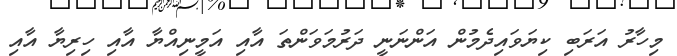
މިހާރު އަރަބި ކިޔަވައިދެމުން އަންނަނީ ދަރުމަވަންތަ އާއި އަމީނިއްޔާ އާއި ހިރިޔާ އާއި